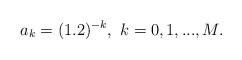
LaTeX: \begin{align*}a_k=(1.2)^{-k},\ k=0,1,...,M.\end{align*}